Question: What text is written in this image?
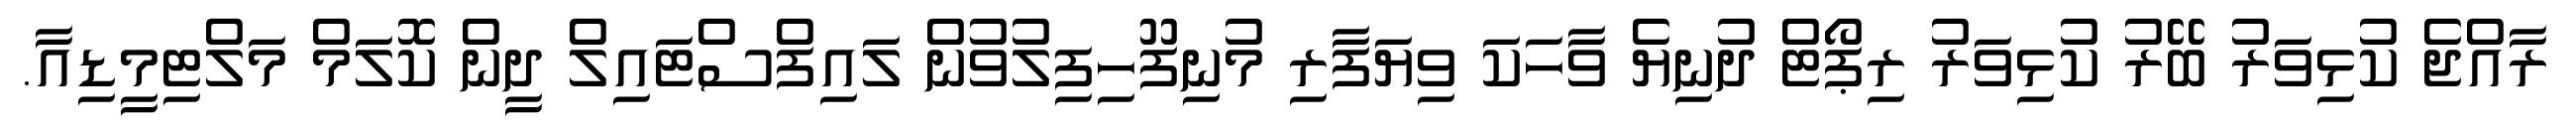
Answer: ރާއްޖެ ކުޅިވަރު ބޭރު ކުޅިވަރު ރިޕޯޓް ދުނިޔެ ވާހަކަ ވިޔަފާރި މުނިފޫހިފިލުވުން ލައިފްސްޓައިލް ދީން ކޮލަމް މަލްޓިމީޑިއާ.